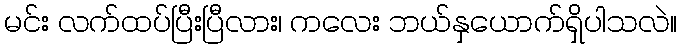
မင်း လက်ထပ်ပြီးပြီလား၊ ကလေး ဘယ်နှယောက်ရှိပါသလဲ။